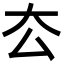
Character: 厺